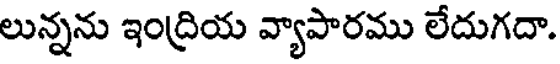
లున్నను ఇంద్రియ వ్యాపారము లేదుగదా.